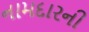
નામદારની